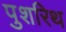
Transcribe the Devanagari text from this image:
पुशरिथ